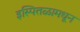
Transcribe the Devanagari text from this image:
इस्पितळामधून